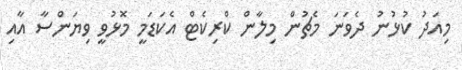
މިއަދު ކުޅުނު ދެވަނަ މެޗުން މިލާން ކްރިކެޓް އެކަޑަމީ މޮޅުވީ ވިޔަންސާ އާއި